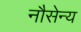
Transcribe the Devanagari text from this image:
नौसेन्य